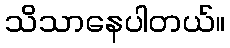
သိသာနေပါတယ်။